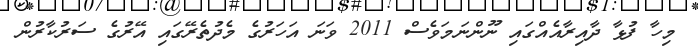
މިހާ ފުޅާ ދާއިރާއެއްގައި ނޫންނަމަވެސް 2011 ވަނަ އަހަރުގެ މެދުތެރޭގައި އޭރުގެ ސަރުކާރުން